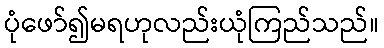
ပုံဖော်၍မရဟုလည်းယုံကြည်သည်။